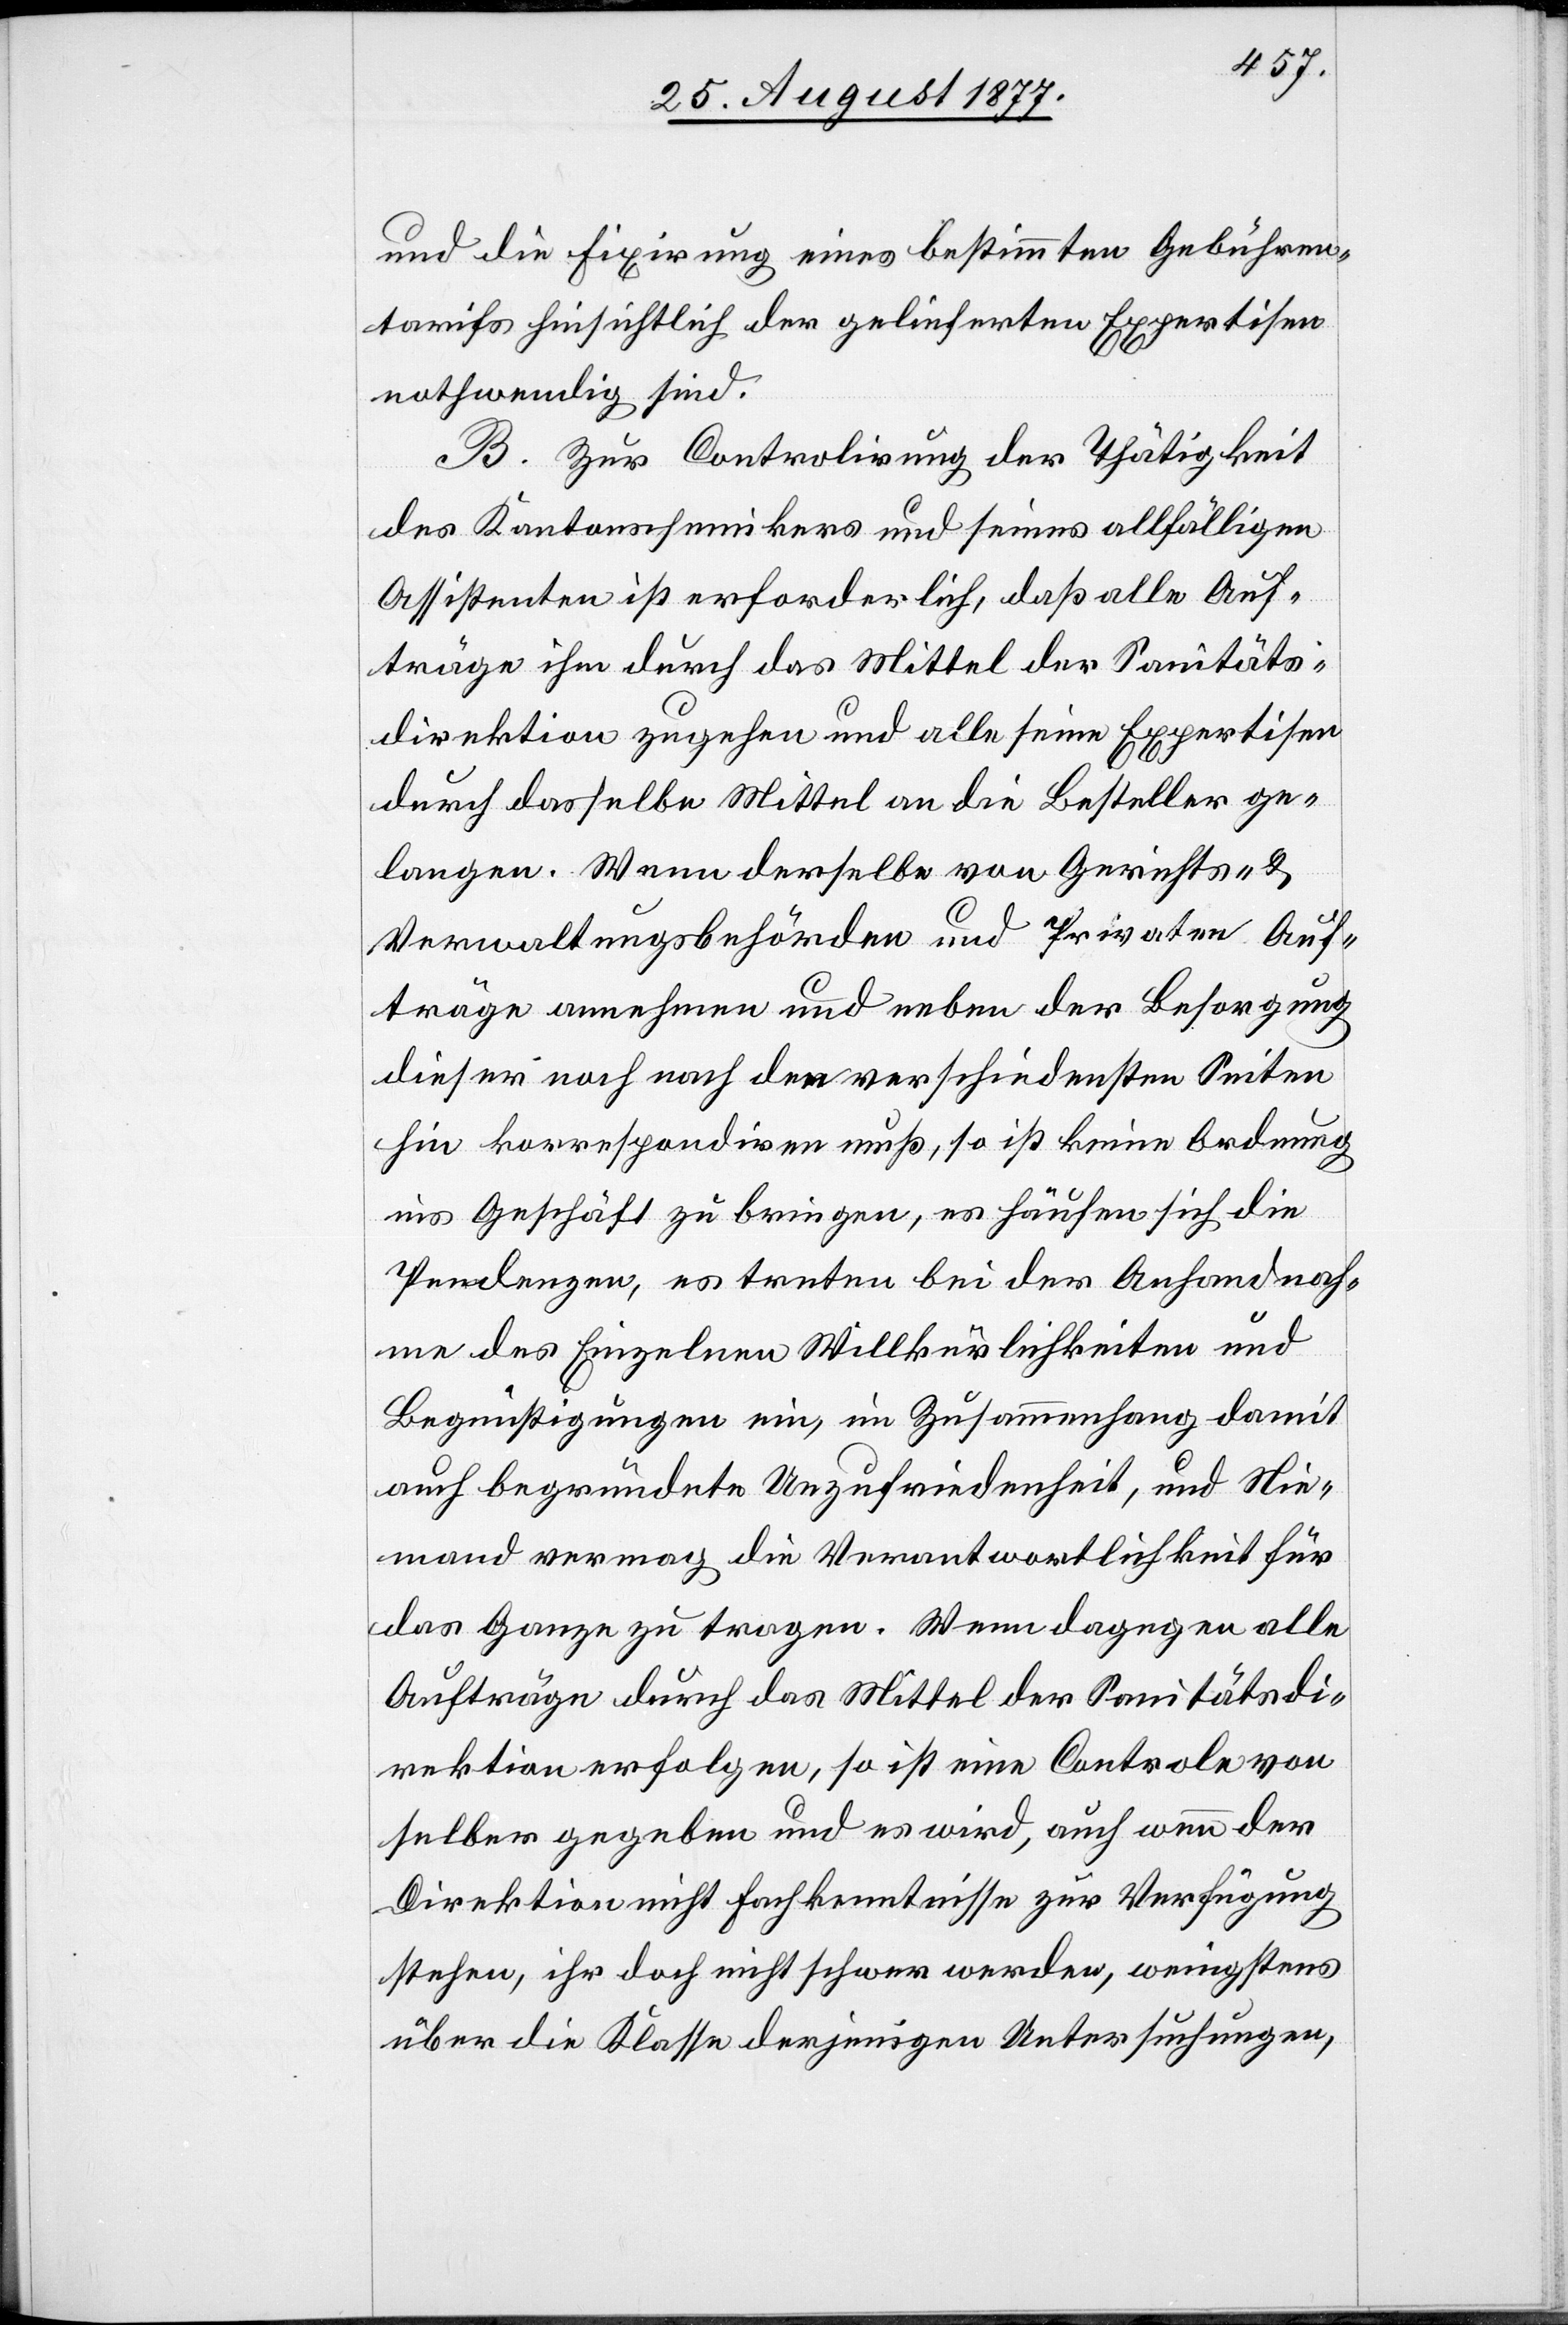
und die Fixirung eines bestimmten Gebühren¬
tarifs hinsichtlich der gelieferten Expertisen
nothwendig sind.
B. Zur Controlirung der Thätigkeit
des Kantonschemikers und seines allfälligen
Assistenten ist erforderlich, daß alle Auf¬
träge ihm durch das Mittel der Sanitäts¬
direktion zugehen und alle seine Expertisen
durch dasselbe Mittel an die Besteller ge¬
langen. Wenn derselbe von Gerichts- &
Verwaltungsbehörden und Privaten Auf¬
träge annehmen und neben der Besorgung
dieser noch nach den verschiedensten Seiten
hin korrespondiren muß, so ist keine Ordnung
ins Geschäft zu bringen, es häufen sich die
Pendenzen, es treten bei der Anhandnah¬
me des Einzelnen Willkürlichkeiten und
Begünstigungen ein, im Zusammenhang damit
auch begründete Unzufriedenheit, und Nie¬
mand vermag die Verantwortlichkeit für
das Ganze zu tragen. Wenn dagegen alle
Aufträge durch das Mittel der Sanitätsdi¬
rektion erfolgen, so ist eine Controle von
selber gegeben und es wird, auch wenn der
Direktion nicht Fachkenntnisse zur Verfügung
stehen, ihr doch nicht schwer werden, wenigstens
über die Klasse derjenigen Untersuchungen,